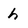
Character: h